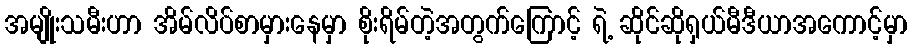
အမျိုးသမီးဟာ အိမ်လိပ်စာမှားနေမှာ စိုးရိမ်တဲ့အတွက်ကြောင့် ရဲ့ ဆိုင်ဆိုရှယ်မီဒီယာအကောင့်မှာ